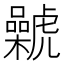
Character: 𰲨